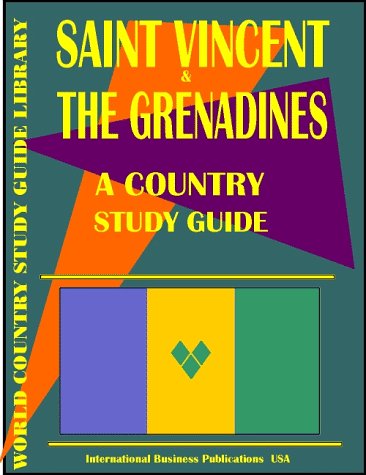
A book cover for Saint Vincent and The Grenadines Country Study Guide; USA International Business Publications; Travel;